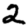
Digit: 2